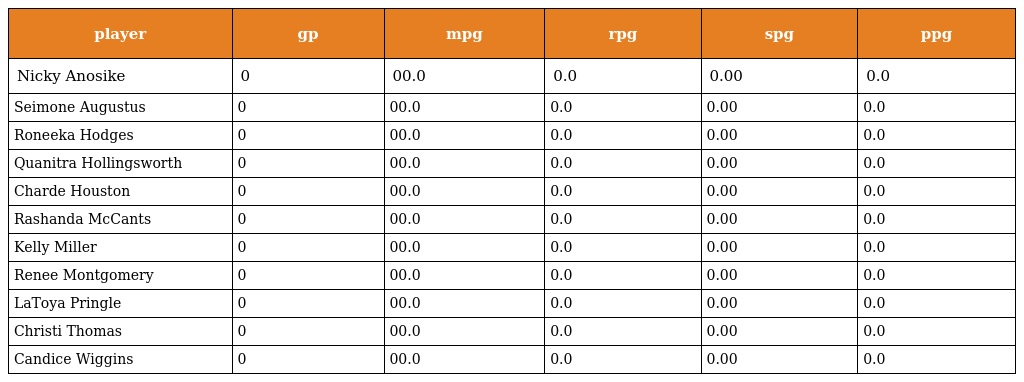
| player | gp | mpg | rpg | spg | ppg |
 | --- | --- | --- | --- | --- | --- |
 | Nicky Anosike | 0 | 00.0 | 0.0 | 0.00 | 0.0 |
 | Seimone Augustus | 0 | 00.0 | 0.0 | 0.00 | 0.0 |
 | Roneeka Hodges | 0 | 00.0 | 0.0 | 0.00 | 0.0 |
 | Quanitra Hollingsworth | 0 | 00.0 | 0.0 | 0.00 | 0.0 |
 | Charde Houston | 0 | 00.0 | 0.0 | 0.00 | 0.0 |
 | Rashanda McCants | 0 | 00.0 | 0.0 | 0.00 | 0.0 |
 | Kelly Miller | 0 | 00.0 | 0.0 | 0.00 | 0.0 |
 | Renee Montgomery | 0 | 00.0 | 0.0 | 0.00 | 0.0 |
 | LaToya Pringle | 0 | 00.0 | 0.0 | 0.00 | 0.0 |
 | Christi Thomas | 0 | 00.0 | 0.0 | 0.00 | 0.0 |
 | Candice Wiggins | 0 | 00.0 | 0.0 | 0.00 | 0.0 |